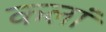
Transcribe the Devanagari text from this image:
कलां